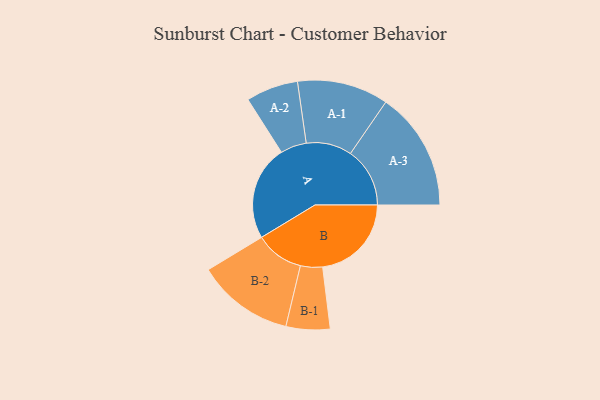
{"axis": {"x": "Segment", "y": "Value"}, "legend": ["", "A", "B"], "data": [{"x": "A", "y": 462, "type": ""}, {"x": "B", "y": 432, "type": ""}, {"x": "A-1", "y": 222, "type": "A"}, {"x": "A-2", "y": 127, "type": "A"}, {"x": "A-3", "y": 289, "type": "A"}, {"x": "B-1", "y": 107, "type": "B"}, {"x": "B-2", "y": 236, "type": "B"}]}